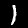
Digit: 1